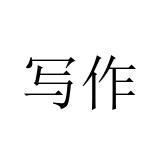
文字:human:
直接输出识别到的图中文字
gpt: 写作